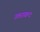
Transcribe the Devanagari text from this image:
उत्तराखन्द